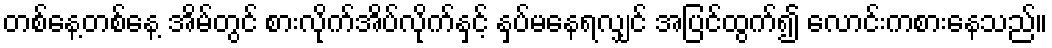
တစ်နေ့တစ်နေ့ အိမ်တွင် စားလိုက်အိပ်လိုက်နှင့် နှပ်မနေရလျှင် အပြင်ထွက်၍ လောင်းကစားနေသည်။